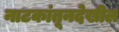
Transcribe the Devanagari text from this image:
नाटकांतूनदेखील